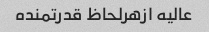
عالیه ازهرلحاظ قدرتمنده